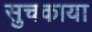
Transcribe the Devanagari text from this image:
सुचकाया